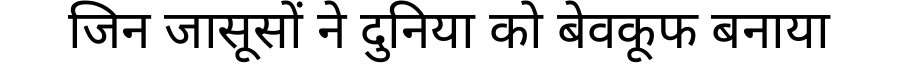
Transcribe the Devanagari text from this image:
जिन जासूसों ने दुनिया को बेवकूफ बनाया